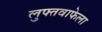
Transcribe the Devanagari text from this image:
लुफ्तवाफेला